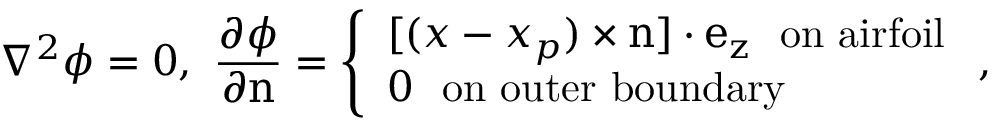
\nabla ^ { 2 } \phi = 0 , ~ \frac { \partial \phi } { \partial \boldsymbol { \mathrm { n } } } = \left\{ \begin{array} { l l } { [ ( \boldsymbol { x } - \boldsymbol { x _ { p } } ) \times \boldsymbol { \mathrm { n } } ] \cdot \boldsymbol { \mathrm { e _ { z } } } ~ ~ \mathrm { o n ~ a i r f o i l } } \\ { 0 ~ ~ \mathrm { o n ~ o u t e r ~ b o u n d a r y } } \end{array} \right. ,